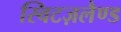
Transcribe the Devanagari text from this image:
स्विटज़लैण्ड